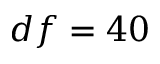
d f = 4 0